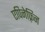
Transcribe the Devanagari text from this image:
एपिनेफ़्रिन